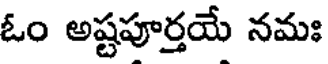
ఓం అష్టపూర్తయే నమః